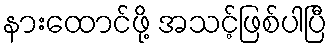
နားထောင်ဖို့ အသင့်ဖြစ်ပါပြီ